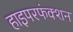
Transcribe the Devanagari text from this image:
हाइपरफंक्शन